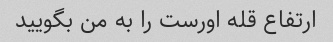
ارتفاع قله اورست را به من بگویید